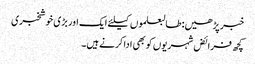
خبر پڑھیں:طالبعلموں کیلئے ایک اور بڑی خوشخبری
کچھ فرائض شہریوں کو بھی ادا کرنے ہیں۔